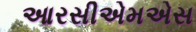
આરસીએમએસ